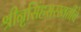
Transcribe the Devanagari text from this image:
श्रीनृसिंहसरस्वतींचे